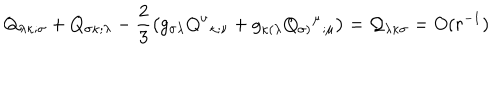
Q _ { \lambda \kappa ; \sigma } + Q _ { \sigma \kappa ; \lambda } - \frac { 2 } { 3 } \left( g _ { \sigma \lambda } Q ^ { \nu } { _ { \kappa ; \nu } } + g _ { \kappa ( \lambda } Q _ { \sigma ) } { ^ { \mu } } { _ { ; \mu } } \right) = { \cal Q } _ { \lambda \kappa \sigma } = O ( r ^ { - 1 } )